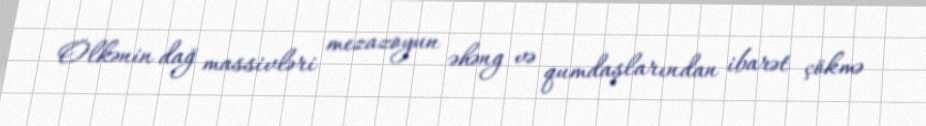
Ölkənin dağ massivləri mezazoyun əhəng və qumdaşlarından ibarət çökmə